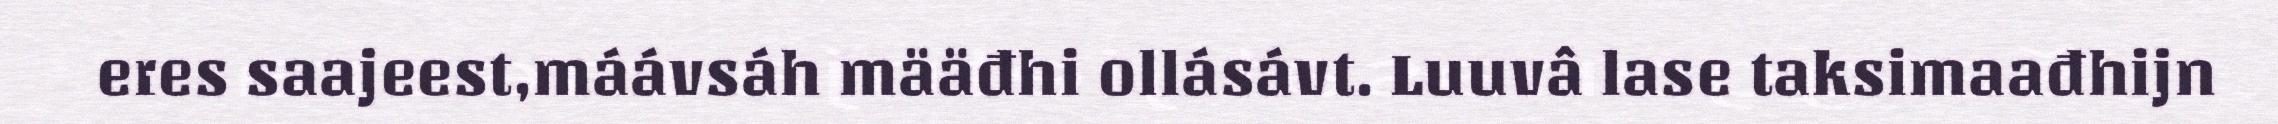
eres saajeest,máávsáh määđhi ollásávt. Luuvâ lase taksimaađhijn